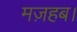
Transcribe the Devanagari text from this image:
मज़हब।